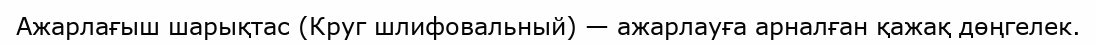
Ажарлағыш шарықтас (Круг шлифовальный) — ажарлауға арналған қажақ дөңгелек.